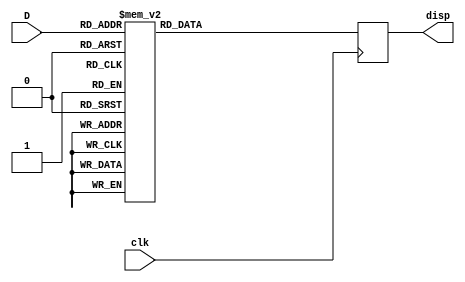
`timescale 1ns / 1ps
//////////////////////////////////////////////////////////////////////////////////
// Company: 
// Engineer: 
// 
// Design Name: 
// Module Name: number7seg
// Project Name: 
// Target Devices: 
// Tool Versions: 
// Description: 
// 
// Dependencies: 
// 
// Revision:
// Revision 0.01 - File Created
// Additional Comments:
// 
//////////////////////////////////////////////////////////////////////////////////


module number7seg(
    input clk,
    input[3:0] D,
    output reg [0:6] disp);
always@(posedge clk)
begin
case(D)
0: disp=7'b0000001;
1: disp=7'b1001111;
2: disp=7'b0010010;
3: disp=7'b0000110;
4: disp=7'b1001100;
5: disp=7'b0100100;
6: disp=7'b0100000;
7: disp=7'b0001111;
8: disp=7'b0000000;
9: disp=7'b0000100;
10: disp=7'b0001000;
11: disp=7'b1100000;
12: disp=7'b0110001;
13: disp=7'b1000010;
14: disp=7'b0110000;
15: disp=7'b0111000;
endcase
end
endmodule